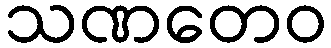
သဏတေဝ